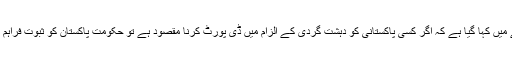
اس مراسلے میں کہا گیا ہے کہ اگر کسی پاکستانی کو دہشت گردی کے الزام میں ڈی پورٹ کرنا مقصود ہے تو حکومت پاکستان کو ثبوت فراہم کیے جائیں۔